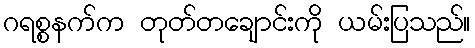
ဂရစ္စနက်က တုတ်တချောင်းကို ယမ်းပြသည်။